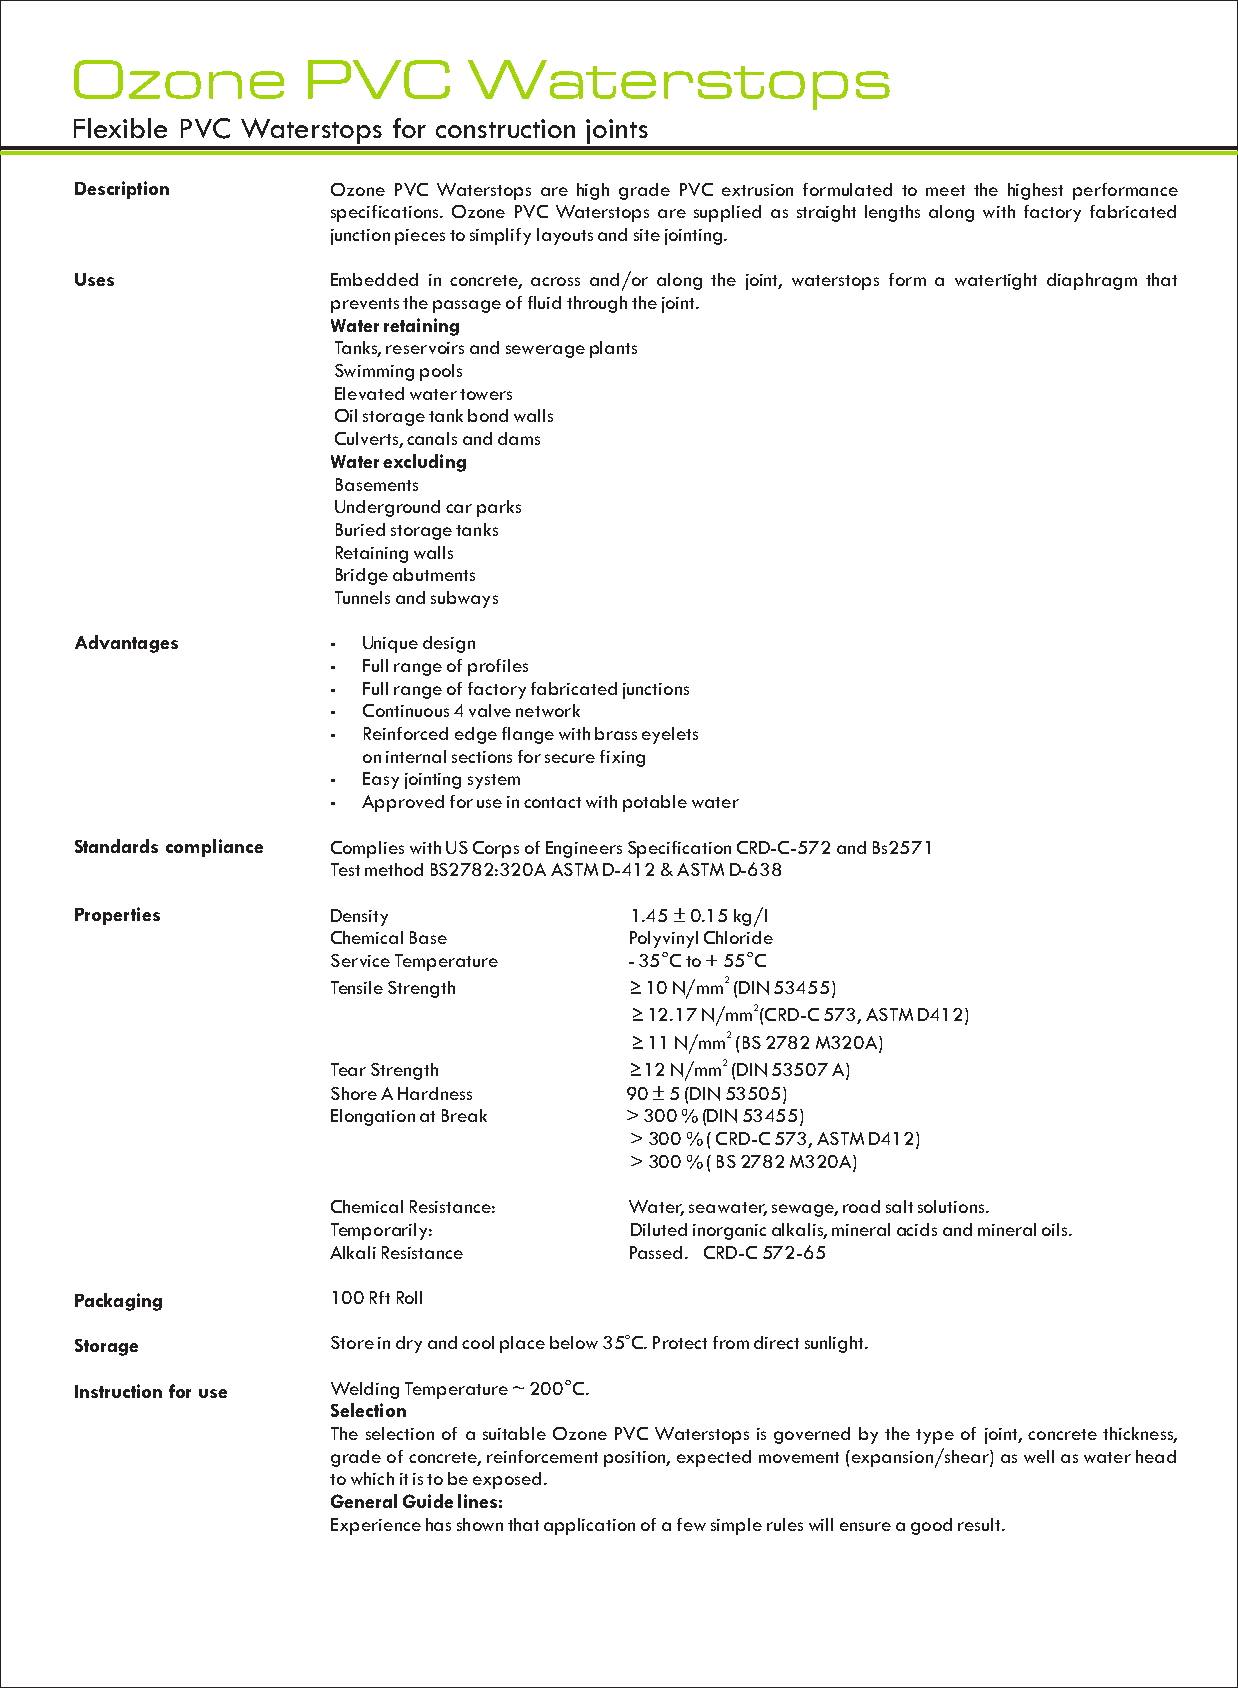
Ozone          PVC        Waterstops
 Flexible PVC Waterstops for construction joints
 Description      Ozone PVC Waterstops are high grade PVC extrusion formulated to meet the highest performance
 specifications. Ozone PVC Waterstops are supplied as straight lengths along with factory fabricated
 junction pieces to simplify layouts and site jointing.
 Uses             Embedded in concrete, across and/or along the joint, waterstops form a watertight diaphragm that
 prevents the passage of fluid through the joint.
 Water retaining
 Tanks, reservoirs and sewerage plants
 Swimming pools
 Elevated water towers
 Oil storage tank bond walls
 Culverts, canals and dams
 Water excluding
 Basements
 Underground car parks
 Buried storage tanks
 Retaining walls
 Bridge abutments
 Tunnels and subways
 Advantages         Unique design
 
 Full range of profiles
 
 Full range of factory fabricated junctions
 
 Continuous 4 valve network
 
 Reinforced edge flange with brass eyelets
 
 on internal sections for secure fixing
 Easy jointing system
 
 Approved for use in contact with potable water
 
 Standards compliance Complies with US Corps of Engineers Specification CRD-C-572 and Bs2571
 Test method BS2782:320A ASTM D-412 & ASTM D-638
 Properties       Density             1.45 ± 0.15 kg/l
 Chemical Base       Polyvinyl Chloride
 Service Temperature - 35°C to + 55°C
 Tensile Strength    ≥ 10 N/mm2 (DIN 53455)
 ≥ 12.17 N/mm2(CRD-C 573, ASTM D412)
 ≥ 11 N/mm2 (BS 2782 M320A)
 Tear Strength       ≥12 N/mm2 (DIN 53507 A)
 Shore A Hardness   90 ± 5 (DIN 53505)
 Elongation at Break > 300 % (DIN 53455)
 > 300 % ( CRD-C 573, ASTM D412)
 > 300 % ( BS 2782 M320A)
 Chemical Resistance: Water, seawater, sewage, road salt solutions.
 Temporarily:        Diluted inorganic alkalis, mineral acids and mineral oils.
 Alkali Resistance   Passed. CRD-C 572-65
 Packaging        100 Rft Roll
 Storage          Store in dry and cool place below 35oC. Protect from direct sunlight.
 Instruction for use Welding Temperature ~ 200°C.
 Selection
 The selection of a suitable Ozone PVC Waterstops is governed by the type of joint, concrete thickness,
 grade of concrete, reinforcement position, expected movement (expansion/shear) as well as water head
 to which it is to be exposed.
 General Guide lines:
 Experience has shown that application of a few simple rules will ensure a good result.